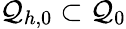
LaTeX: \mathcal{Q}_{h,0}\subset\mathcal{Q}_{0}